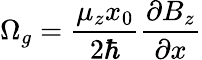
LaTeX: \Omega_{g}=\frac{\mu_{z}x_{0}}{2\hbar}\frac{\partial B_{z}}{\partial x}